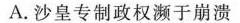
A. 沙皇专制政权濒于崩溃